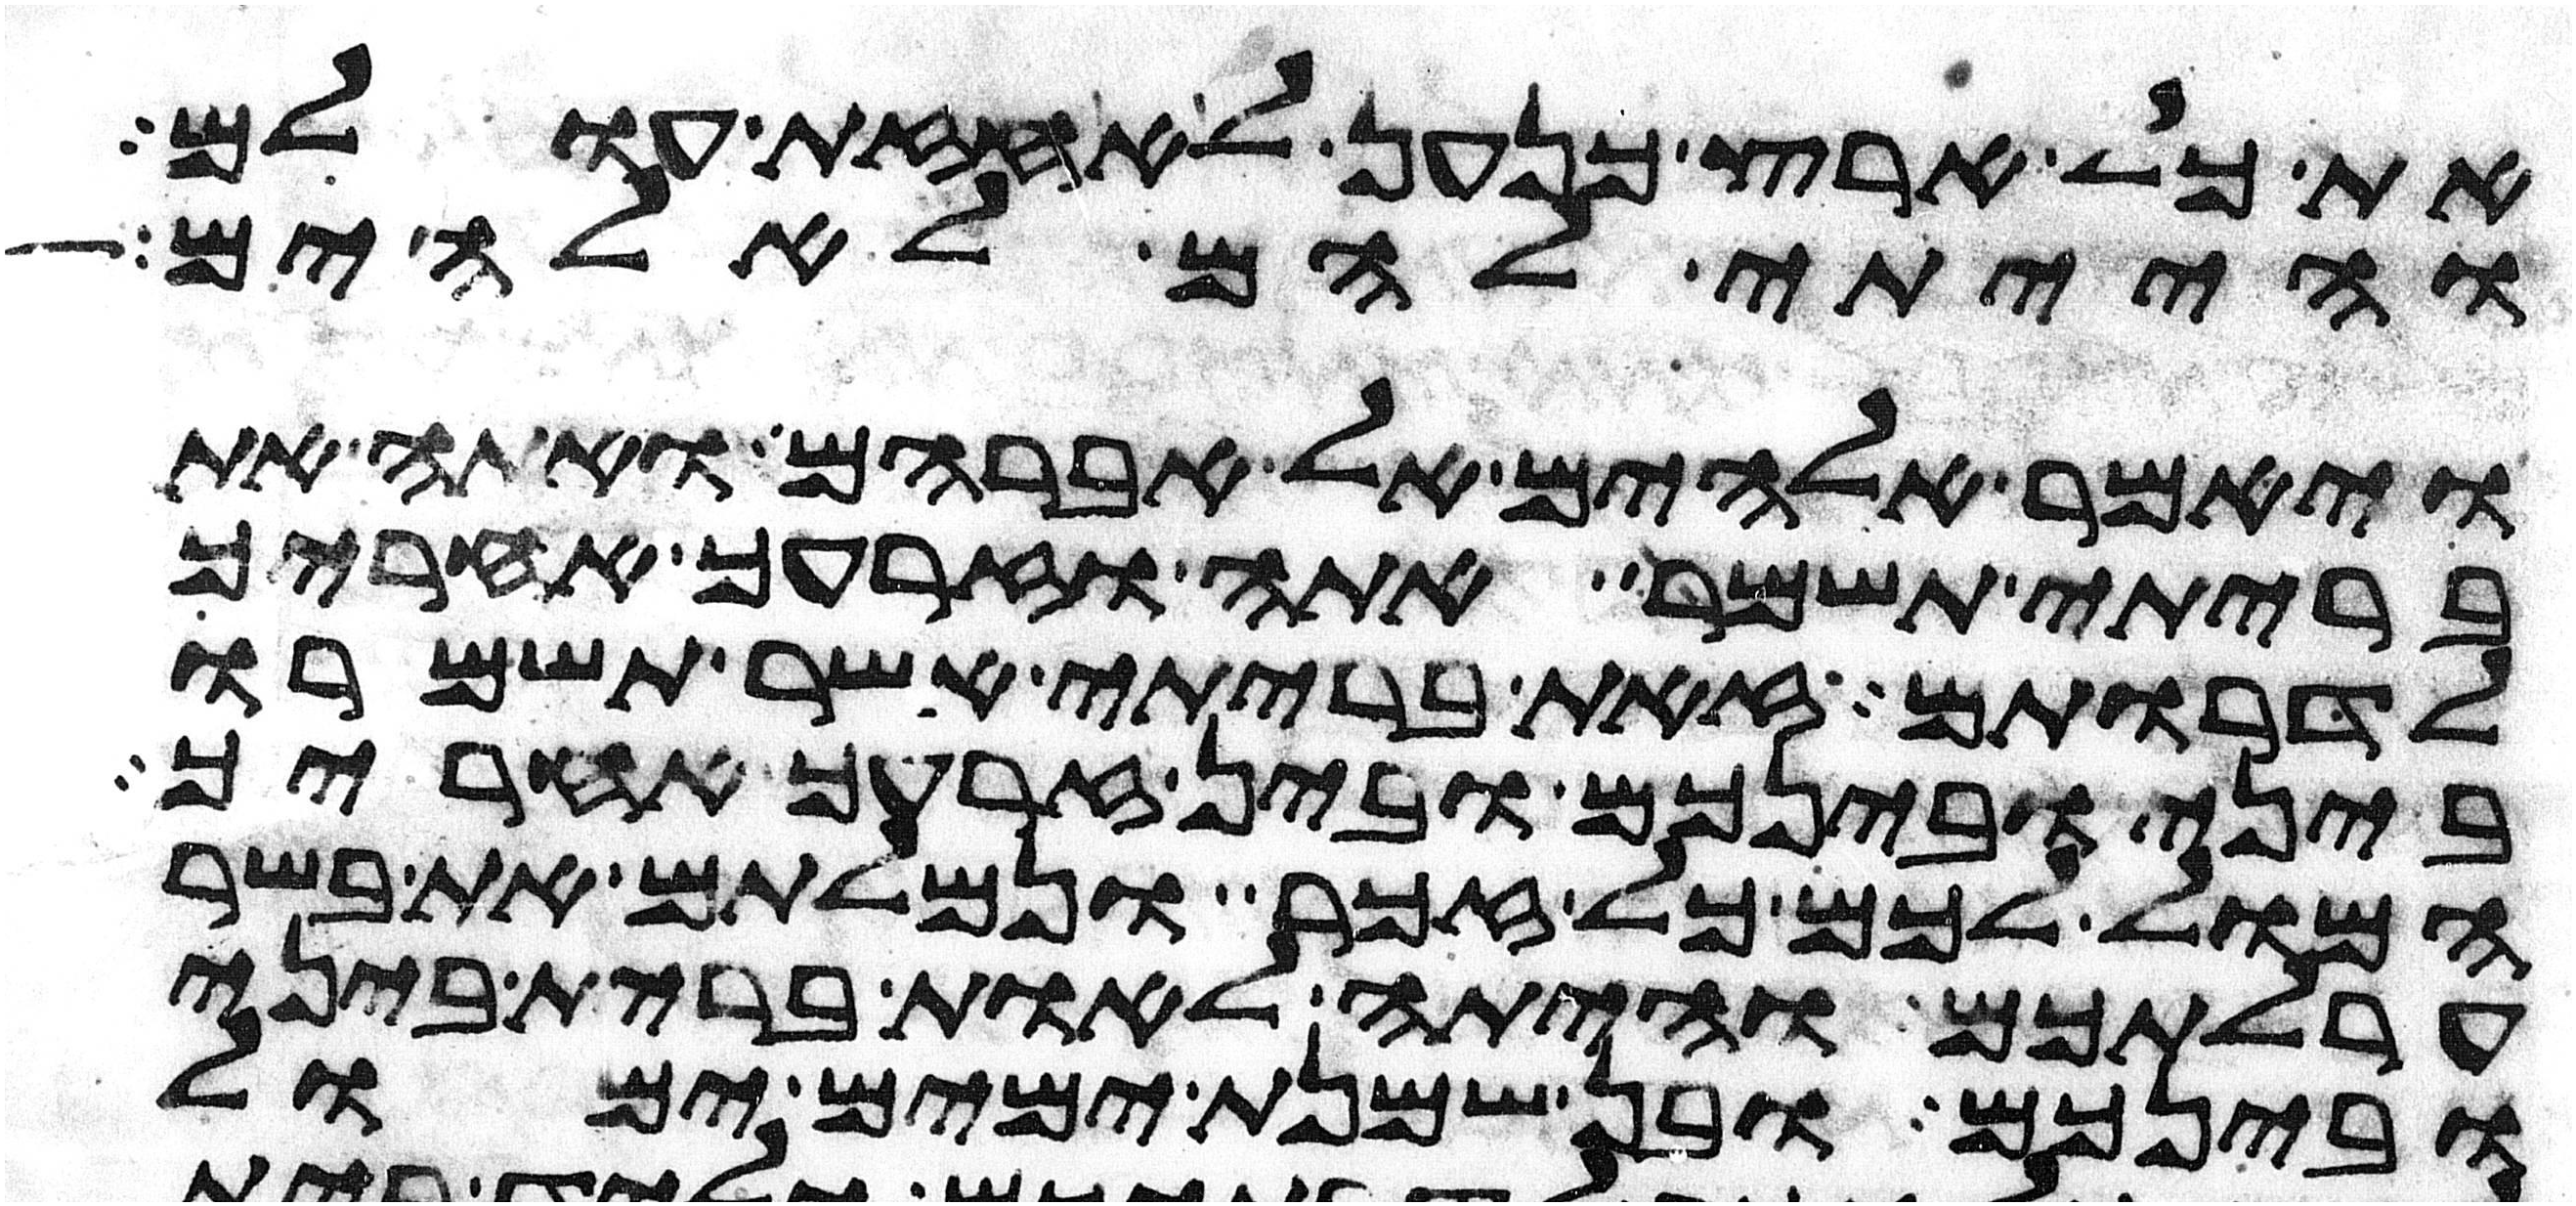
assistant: את כל ארץ כנען לאחזת עולם
והייתי להם לאלהים
ויאמר אלהים אל אברהם ואתה את
בריתי תשמר אתה וזרעך אחריך
לדרותם זאת בריתי אשר תשמרו
ביני ובינכם ובין זרעך אחריך
המול לכם כל זכר ונמלתם את בשר
ערלתכם והיתה לאות ברית ביני
ובינכם ובן שמנת ימים ימול